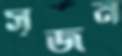
সৃজন